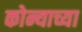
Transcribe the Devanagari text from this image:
कोन्याच्या